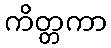
ကိတ္တကာ